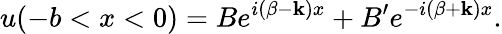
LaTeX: u(-b<x<0)=Be^{i(\beta-\mathbf{k})x}+B^{\prime}e^{-i(\beta+\mathbf{k})x}.